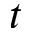
t